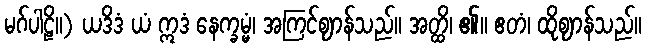
မဂ်ပါဠိ။) ယဒိဒံ ယံ ဣဒံ နေက္ခမ္မံ၊ အကြင်ဈာန်သည်။ အတ္ထိ၊ ၏။ ဧတံ၊ ထိုဈာန်သည်။